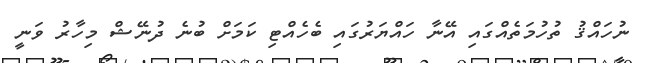
ނުހައްޤު ތުހުމަތެއްގައި އޭނާ ހައްޔަރުގައި ބެހެއްޓި ކަމަށް ބުނެ ދުނޭޝް މިހާރު ވަނީ